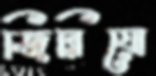
জিরিয়ো